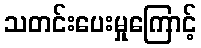
သတင်းပေးမှုကြောင့်